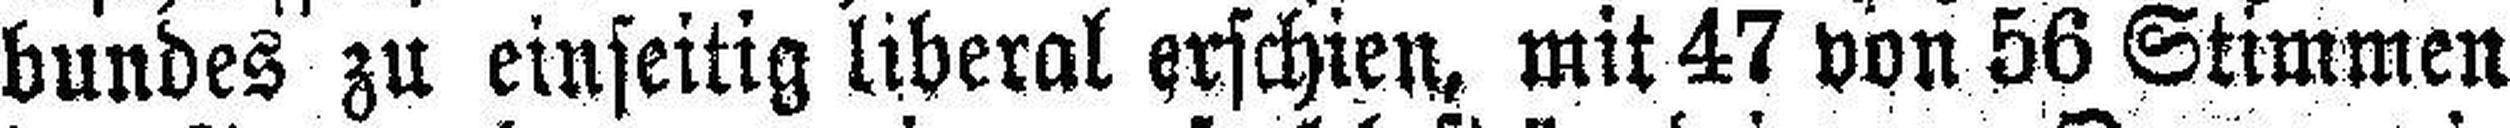
bundes zu einseitig liberal erschien, mit 47 von 56 Stimmen